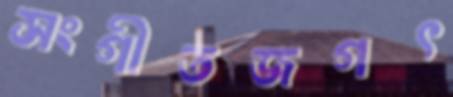
সংগীতজগৎ